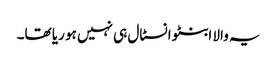
یہ والا ابنٹو انسٹال ہی نہیں ہو ریا تھا۔